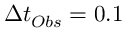
\Delta t _ { O b s } = 0 . 1